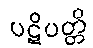
ပဋိပတ္တိ